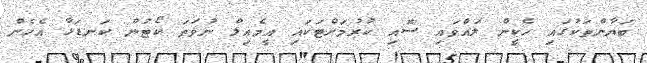
ބަޔާންތަކުގައި ހެކީން ލައްވައި ސޮއި ކުރުމަށްޓަކައި އީމެއިލް ނުވަތަ ކޯޓުން ކަނޑަޅާ އެހެން